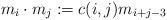
LaTeX: \begin{align*}m_i\cdot m_j :=c(i,j)m_{i+j-3}\end{align*}